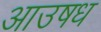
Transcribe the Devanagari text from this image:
आउषध